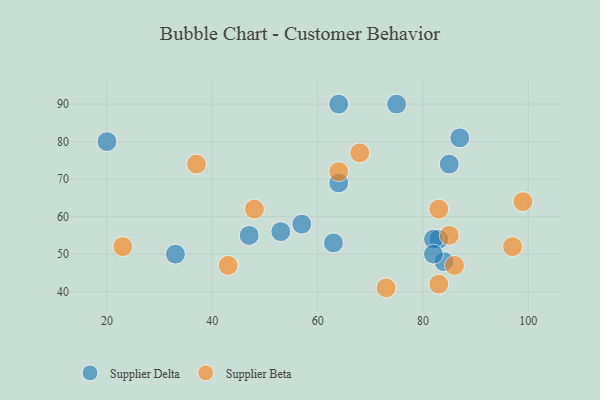
{"axis": {"x": "GDP", "y": "Life Expectancy"}, "legend": ["Supplier Beta", "Supplier Delta"], "data": [{"x": "85", "y": 74, "type": "Supplier Delta"}, {"x": "57", "y": 58, "type": "Supplier Delta"}, {"x": "53", "y": 56, "type": "Supplier Delta"}, {"x": "64", "y": 90, "type": "Supplier Delta"}, {"x": "64", "y": 69, "type": "Supplier Delta"}, {"x": "87", "y": 81, "type": "Supplier Delta"}, {"x": "33", "y": 50, "type": "Supplier Delta"}, {"x": "63", "y": 53, "type": "Supplier Delta"}, {"x": "84", "y": 48, "type": "Supplier Delta"}, {"x": "47", "y": 55, "type": "Supplier Delta"}, {"x": "75", "y": 90, "type": "Supplier Delta"}, {"x": "83", "y": 54, "type": "Supplier Delta"}, {"x": "82", "y": 54, "type": "Supplier Delta"}, {"x": "20", "y": 80, "type": "Supplier Delta"}, {"x": "82", "y": 50, "type": "Supplier Delta"}, {"x": "68", "y": 77, "type": "Supplier Beta"}, {"x": "97", "y": 52, "type": "Supplier Beta"}, {"x": "73", "y": 41, "type": "Supplier Beta"}, {"x": "64", "y": 72, "type": "Supplier Beta"}, {"x": "43", "y": 47, "type": "Supplier Beta"}, {"x": "23", "y": 52, "type": "Supplier Beta"}, {"x": "99", "y": 64, "type": "Supplier Beta"}, {"x": "85", "y": 55, "type": "Supplier Beta"}, {"x": "86", "y": 47, "type": "Supplier Beta"}, {"x": "83", "y": 42, "type": "Supplier Beta"}, {"x": "48", "y": 62, "type": "Supplier Beta"}, {"x": "83", "y": 62, "type": "Supplier Beta"}, {"x": "37", "y": 74, "type": "Supplier Beta"}]}